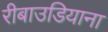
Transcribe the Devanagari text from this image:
रीबाउडियाना